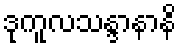
ဒုကူလသန္ဒာနာနိ